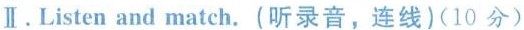
Ⅱ.Listen and match. (听录音,连线)(10 分)